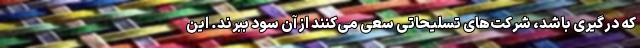
که درگیری باشد، شرکت‌های تسلیحاتی سعی می‌کنند از آن سود ببرند. این